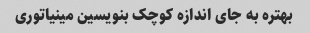
بهتره به جای اندازه کوچک بنویسین مینیاتوری